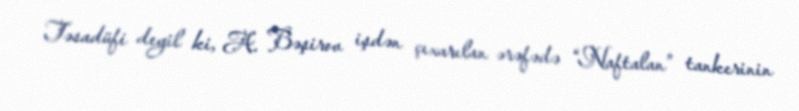
Təsadüfi deyil ki, A. Bəşirov işdən çıxarılan ərəfədə “Naftalan” tankerinin